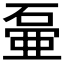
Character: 𱴕